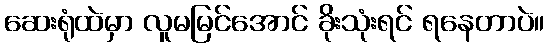
ဆေးရုံထဲမှာ လူမမြင်အောင် ခိုးသုံးရင် ရနေတာပဲ။